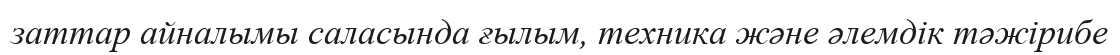
заттар айналымы саласында ғылым, техника және әлемдік тәжірибе